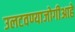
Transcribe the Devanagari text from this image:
उलटवण्याजोगीआहे